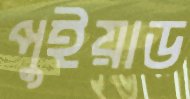
পুইয়াড